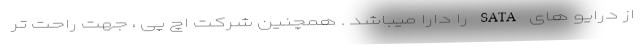
از درایو های SATA را دارا میباشد . همچنین شرکت اچ پی ، جهت راحت تر